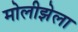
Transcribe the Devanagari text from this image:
मोलीझेला